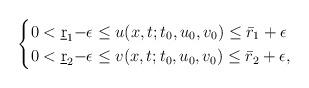
LaTeX: \begin{align*}\begin{cases}0<\underbar r_1{ -\epsilon} \le u(x,t;t_0,u_0,v_0) \le \bar r_1+\epsilon\cr0<\underbar r_2{ -\epsilon} \le v(x,t;t_0,u_0,v_0) \le \bar r_2+\epsilon,\end{cases}\end{align*}